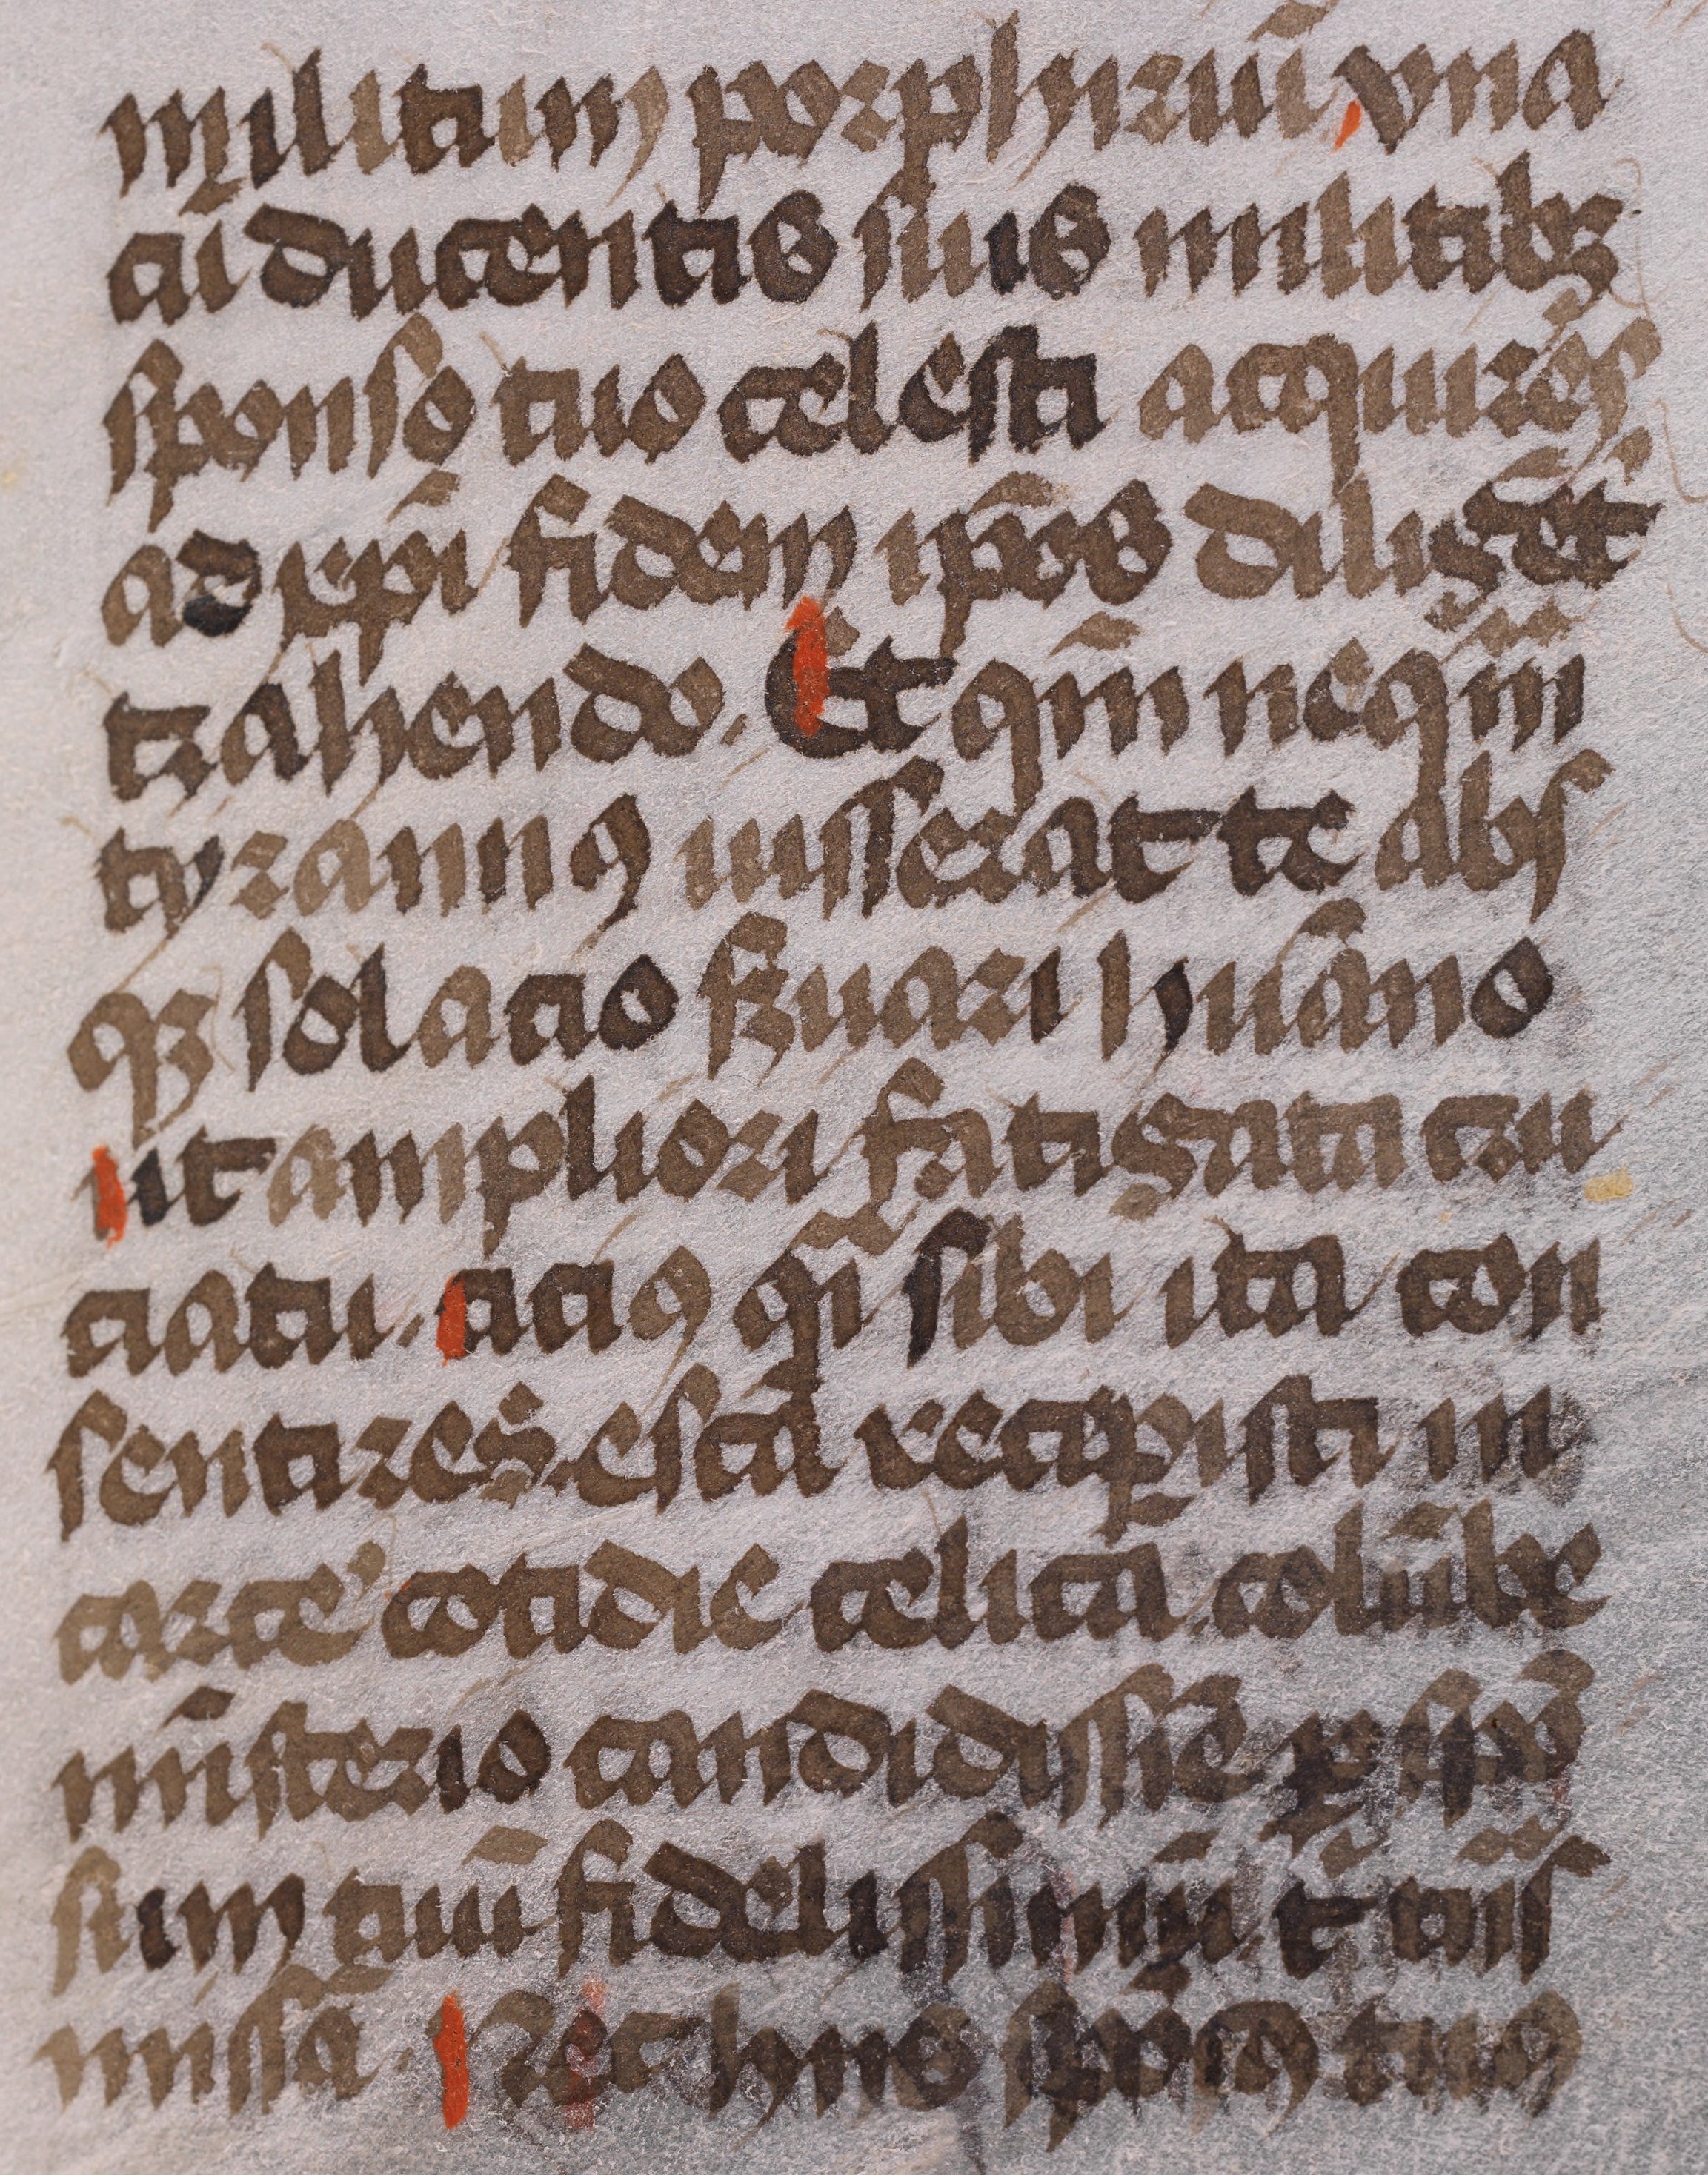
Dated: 1475–1499